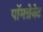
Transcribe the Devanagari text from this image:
पॉमग्रेनेट